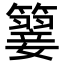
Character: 𥵳